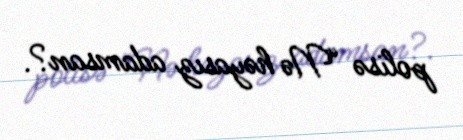
polisə “Nə həyasız adamsan?.